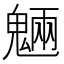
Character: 魎